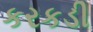
કરકડી